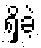
ရှိခဲ့